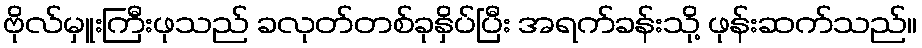
ဗိုလ်မှူးကြီးဖုသည် ခလုတ်တစ်ခုနှိပ်ပြီး အရက်ခန်းသို့ ဖုန်းဆက်သည်။